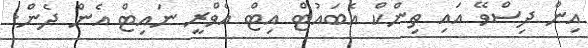
އިން ދިސްވޭ އައި ތިންކް އެބައުޓް އިޓް އެވްރީ ނައިޓް އެން ދެން.